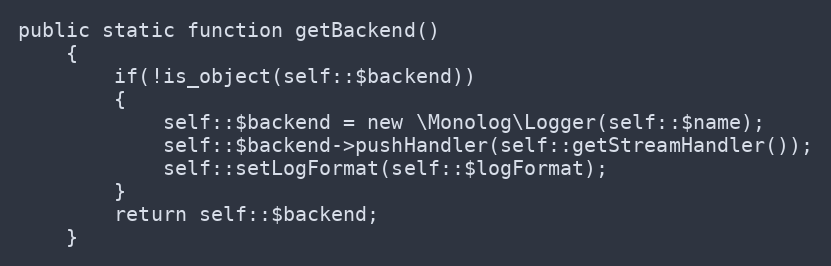
Language: PHP
public static function getBackend()
    {
        if(!is_object(self::$backend))
        {
            self::$backend = new \Monolog\Logger(self::$name);
            self::$backend->pushHandler(self::getStreamHandler());
            self::setLogFormat(self::$logFormat);
        }
        return self::$backend;
    }